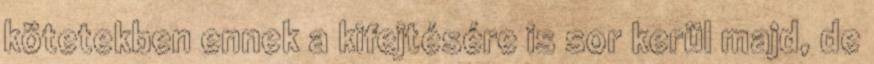
kötetekben ennek a kifejtésére is sor kerül majd, de